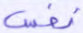
نفس